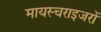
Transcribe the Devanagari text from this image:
मायस्चराइजरों